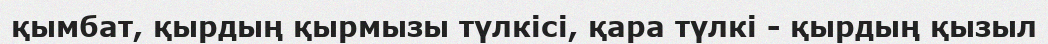
қымбат, қырдың қырмызы түлкісі, қара түлкі - қырдың қызыл